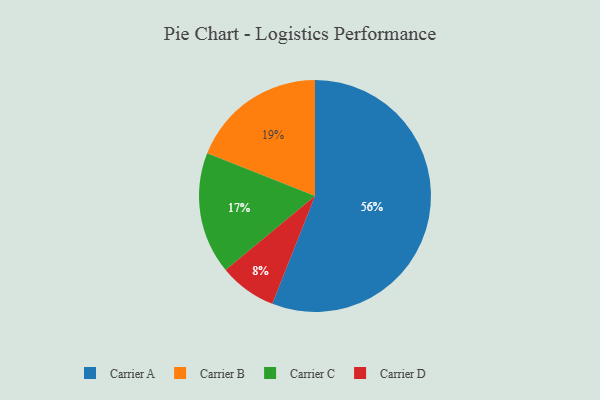
{"axis": {"x": "Category", "y": "Percentage"}, "legend": ["Carrier A", "Carrier B", "Carrier C", "Carrier D"], "data": [{"x": "Carrier A", "y": 56, "type": "Carrier A"}, {"x": "Carrier B", "y": 19, "type": "Carrier B"}, {"x": "Carrier C", "y": 17, "type": "Carrier C"}, {"x": "Carrier D", "y": 8, "type": "Carrier D"}]}